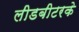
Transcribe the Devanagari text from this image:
लीडबीटरके